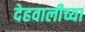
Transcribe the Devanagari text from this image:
देहवालीच्या